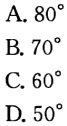
A. \(80^{\circ}\)
B. \(70^{\circ}\)
C. \(60^{\circ}\)
D. \(50^{\circ}\)